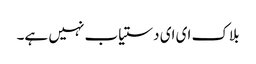
بلاک ای ای دستیاب نہیں ہے۔